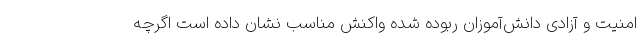
امنیت و آزادی دانش‌آموزان ربوده شده واکنش مناسب نشان داده است اگرچه